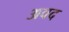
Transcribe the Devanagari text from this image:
अवद